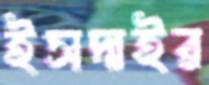
ইসদাইর